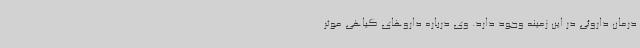
درمان داروئی در این زمینه وجود دارد. وی درباره داروهای گیاهی موثر